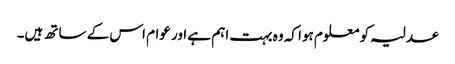
عدلیہ کو معلوم ہوا کہ وہ بہت اہم ہے اور عوام اس کے ساتھ ہیں۔